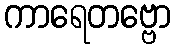
ကာရေတဗ္ဗော